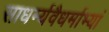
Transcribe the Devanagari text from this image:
साधर्म्यवैधर्माभ्यां